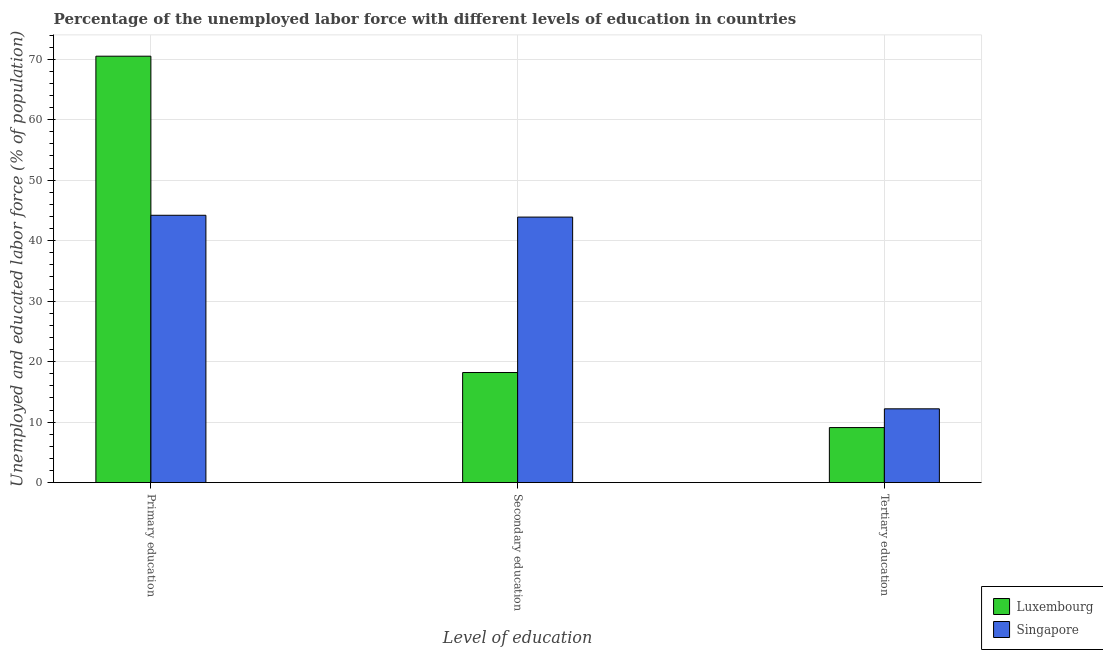
| Level of education | Luxembourg | Singapore |
 | --- | --- | --- |
 | Primary education | 70.5 | 44.2 |
 | Secondary education | 18.2 | 43.9 |
 | Tertiary education | 9.1 | 12.2 |